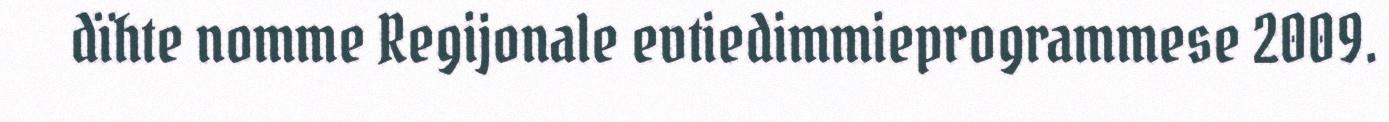
dïhte nomme Regijonale evtiedimmieprogrammese 2009.